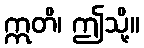
ဣတိ၊ ဤသို့။